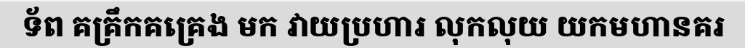
ទ័ព គគ្រឹកគគ្រេង មក វាយប្រហារ លុកលុយ យកមហានគរ